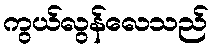
ကွယ်လွန်လေသည်